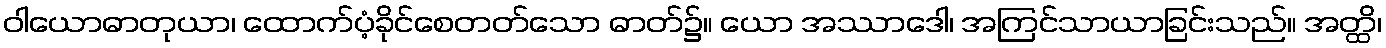
ဝါယောဓာတုယာ၊ ထောက်ပံ့ခိုင်စေတတ်သော ဓာတ်၌။ ယော အဿာဒေါ၊ အကြင်သာယာခြင်းသည်။ အတ္ထိ၊